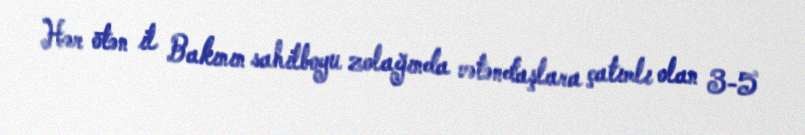
Hər ötən il Bakının sahilboyu zolağında vətəndaşlara çatımlı olan 3-5